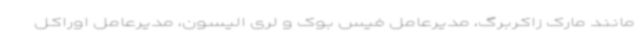
مانند مارک زاکربرگ، مدیرعامل فیس بوک و لری الیسون، مدیرعامل اوراکل